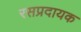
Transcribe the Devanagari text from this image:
रसप्रदायक